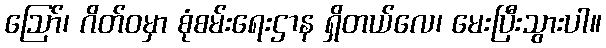
ဩော်၊ ဂိတ်ဝမှာ စုံစမ်းရေးဌာန ရှိတယ်လေ၊ မေးပြီးသွားပါ။